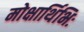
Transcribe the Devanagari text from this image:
मोक्षार्थिभिः